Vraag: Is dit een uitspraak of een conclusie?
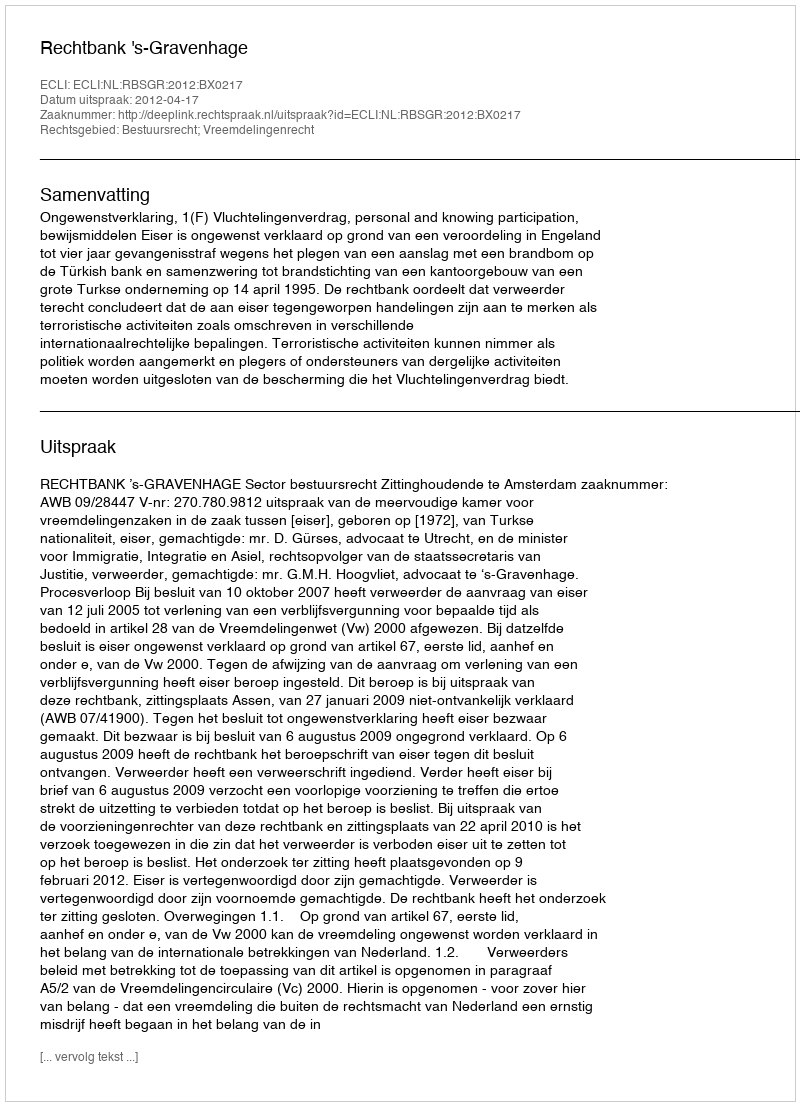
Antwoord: Uitspraak